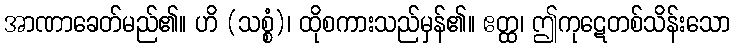
အာဏာခေတ်မည်၏။ ဟိ (သစ္စံ)၊ ထိုစကားသည်မှန်၏။ ဧတ္ထ၊ ဤကုဋေတစ်သိန်းသော